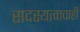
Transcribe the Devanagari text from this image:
सदस्यत्वाचाही